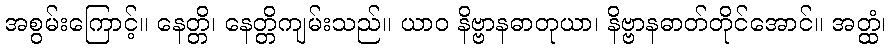
အစွမ်းကြောင့်။ နေတ္တိ၊ နေတ္တိကျမ်းသည်။ ယာဝ နိဗ္ဗာနဓာတုယာ၊ နိဗ္ဗာနဓာတ်တိုင်အောင်။ အတ္ထံ၊